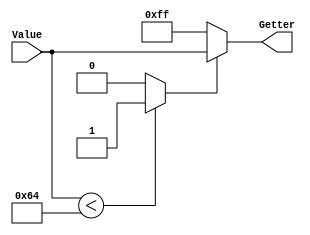
`timescale 1ns/1ps
`default_nettype none
// PLEASE READ THIS, IT MAY SAVE YOU SOME TIME AND MONEY, THANK YOU!
// * This file was generated by Quokka FPGA Toolkit.
// * Generated code is your property, do whatever you want with it
// * Place custom code between [BEGIN USER ***] and [END USER ***].
// * CAUTION: All code outside of [USER] scope is subject to regeneration.
// * Bad things happen sometimes in developer's life,
//   it is recommended to use source control management software (e.g. git, bzr etc) to keep your custom code safe'n'sound.
// * Internal structure of code is subject to change.
//   You can use some of signals in custom code, but most likely they will not exist in future (e.g. will get shorter or gone completely)
// * Please send your feedback, comments, improvement ideas etc. to evmuryshkin@gmail.com
// * Visit https://github.com/EvgenyMuryshkin/QuokkaEvaluation to access latest version of playground
//
// DISCLAIMER:
//   Code comes AS-IS, it is your responsibility to make sure it is working as expected
//   no responsibility will be taken for any loss or damage caused by use of Quokka toolkit.
//
// System configuration name is NativeGetterModule_TopLevel, clock frequency is 1Hz, Top-level
// FSM summary
// -- Packages
module NativeGetterModule_TopLevel
(
	// [BEGIN USER PORTS]
	// [END USER PORTS]
	input wire [7:0] Value,
	output wire [7:0] Getter
);
	// [BEGIN USER SIGNALS]
	// [END USER SIGNALS]
	localparam HiSignal = 1'b1;
	localparam LoSignal = 1'b0;
	wire Zero = 1'b0;
	wire One = 1'b1;
	wire true = 1'b1;
	wire false = 1'b0;
	wire [7: 0] BitArrayGetterModule_L34F13L41T14_BitArrayGetterModule_L35F30T43_Expr = 8'b11111111;
	wire [6: 0] BitArrayGetterModule_L34F13L41T14_BitArrayGetterModule_L37F36T39_Expr = 7'b1100100;
	wire [7: 0] Inputs_Value;
	reg [7: 0] BitArrayGetterModule_L34F13L41T14_result;
	wire BitArrayGetterModule_L34F13L41T14_BitArrayGetterModule_L37F21T39_Expr;
	wire signed [8: 0] BitArrayGetterModule_L34F13L41T14_BitArrayGetterModule_L37F21T39_ExprLhs;
	wire signed [8: 0] BitArrayGetterModule_L34F13L41T14_BitArrayGetterModule_L37F21T39_ExprRhs;
	assign BitArrayGetterModule_L34F13L41T14_BitArrayGetterModule_L37F21T39_Expr = BitArrayGetterModule_L34F13L41T14_BitArrayGetterModule_L37F21T39_ExprLhs < BitArrayGetterModule_L34F13L41T14_BitArrayGetterModule_L37F21T39_ExprRhs ? 1'b1 : 1'b0;
	always @ (*)
	begin
		BitArrayGetterModule_L34F13L41T14_result = BitArrayGetterModule_L34F13L41T14_BitArrayGetterModule_L35F30T43_Expr;
		if ((BitArrayGetterModule_L34F13L41T14_BitArrayGetterModule_L37F21T39_Expr == 1))
		begin
			BitArrayGetterModule_L34F13L41T14_result = Inputs_Value;
		end
	end
	assign BitArrayGetterModule_L34F13L41T14_BitArrayGetterModule_L37F21T39_ExprLhs = {
		1'b0,
		Inputs_Value
	}
	;
	assign BitArrayGetterModule_L34F13L41T14_BitArrayGetterModule_L37F21T39_ExprRhs = {
		{2{1'b0}},
		BitArrayGetterModule_L34F13L41T14_BitArrayGetterModule_L37F36T39_Expr
	}
	;
	assign Inputs_Value = Value;
	assign Getter = BitArrayGetterModule_L34F13L41T14_result;
	// [BEGIN USER ARCHITECTURE]
	// [END USER ARCHITECTURE]
endmodule